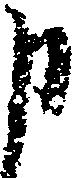
申